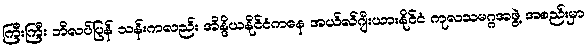
ကြီးကြီး ဘိလပ်ပြန် သန်းကလည်း အိန္ဒိယနိုင်ငံကနေ အယ်လ်ဂျီးယားနိုင်ငံ ကုလသမဂ္ဂအဖွဲ့ အစည်းမှာ